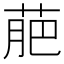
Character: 萉